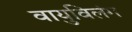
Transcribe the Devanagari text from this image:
वायुविलंग